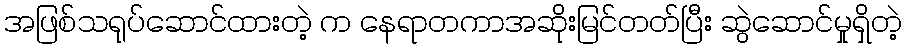
အဖြစ်သရုပ်ဆောင်ထားတဲ့ က နေရာတကာအဆိုးမြင်တတ်ပြီး ဆွဲဆောင်မှုရှိတဲ့